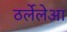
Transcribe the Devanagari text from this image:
ठर्लेलेआ